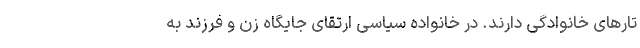
تارهای خانوادگی دارند. در خانواده سیاسی ارتقای جایگاه زن و فرزند به